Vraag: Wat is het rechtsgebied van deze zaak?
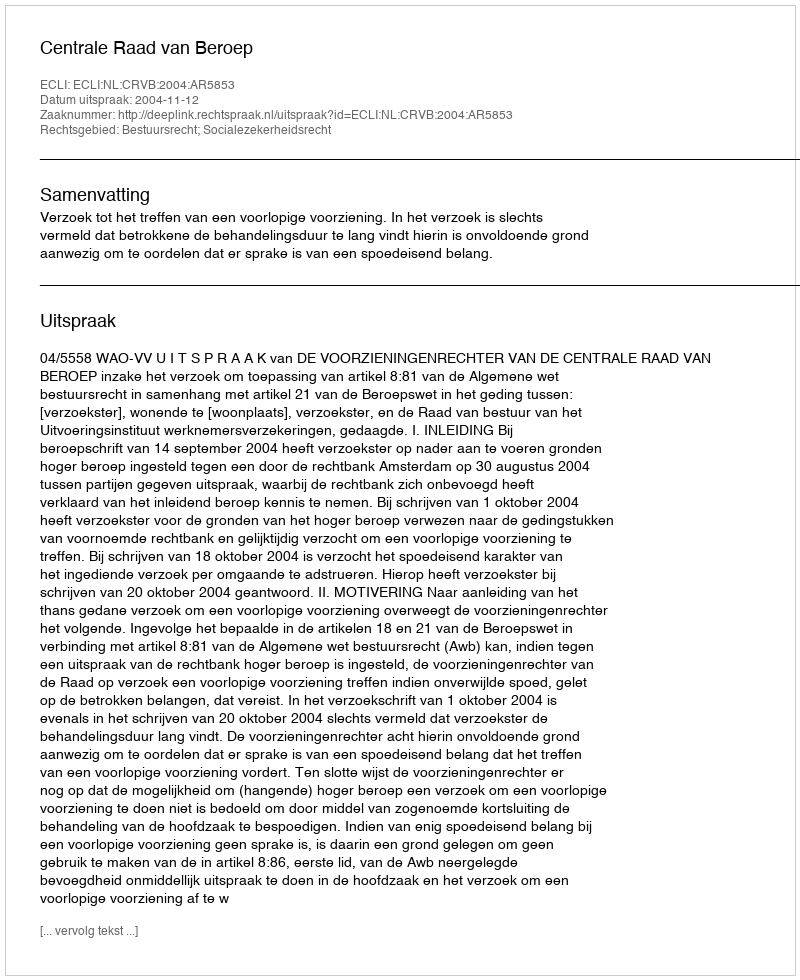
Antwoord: Bestuursrecht; Socialezekerheidsrecht